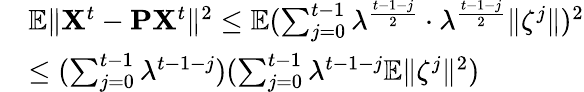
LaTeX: \begin{array}{rl}&{\mathbb{E}\| {\mathbf X}^{t}-{\mathbf P}{\mathbf X}^{t}\| ^{2}\leq\mathbb{E}(\sum_{j=0}^{t-1}\lambda^{\frac{t-1-j}{2}}\cdot\lambda^{\frac{t-1-j}{2}}\| {\mathbf\zeta}^{j}\| )^{2}}\\ &{\leq(\sum_{j=0}^{t-1}\lambda^{t-1-j})(\sum_{j=0}^{t-1}\lambda^{t-1-j}\mathbb{E}\| {\mathbf\zeta}^{j}\| ^{2})}\end{array}